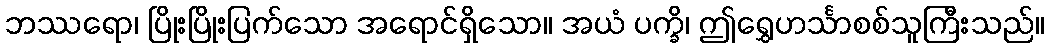
ဘဿရော၊ ပြိုးပြိုးပြက်သော အရောင်ရှိသော။ အယံ ပက္ခိ၊ ဤရွှေဟင်္သာစစ်သူကြီးသည်။